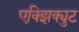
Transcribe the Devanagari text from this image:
एक्झिक्युट